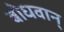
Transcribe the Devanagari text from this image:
बोधवान्